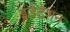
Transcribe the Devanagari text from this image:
इंडेंटेशन